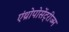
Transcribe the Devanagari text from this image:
एंथ्रोपोसेंट्रीज्म